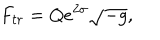
LaTeX: F _ { t r } = Q e ^ { 2 \sigma } \sqrt { - g } ,